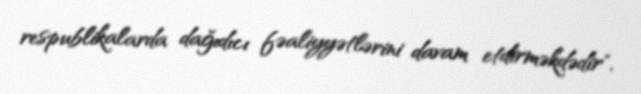
respublikalarda dağıdıcı fəaliyyətlərini davam etdirməkdədir".